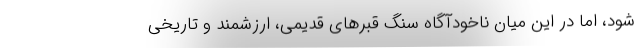
شود، اما در این میان ناخودآگاه سنگ قبرهای قدیمی، ارزشمند و تاریخی